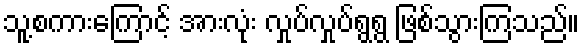
သူ့စကားကြောင့် အားလုံး လှုပ်လှုပ်ရွရွ ဖြစ်သွားကြသည်။